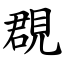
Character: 覠